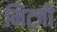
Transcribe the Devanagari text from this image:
मित्ज़ी